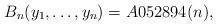
LaTeX: \begin{gather*} B_n(y_1,\ldots,y_n)= A052894(n), \end{gather*}